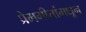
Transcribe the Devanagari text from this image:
प्रेमगीतांमधून